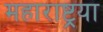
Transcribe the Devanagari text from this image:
महाराष्ट्रया